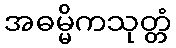
အဓမ္မိကသုတ္တံ